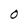
Character: O